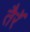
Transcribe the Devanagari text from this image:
तैरॅ